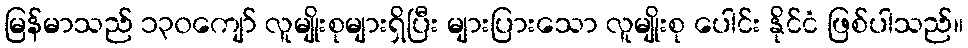
မြန်မာသည် ၁၃၀ကျော် လူမျိုးစုများရှိပြီး များပြားသော လူမျိုးစု ပေါင်း နိုင်ငံ ဖြစ်ပါသည်။